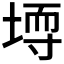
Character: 𪣳